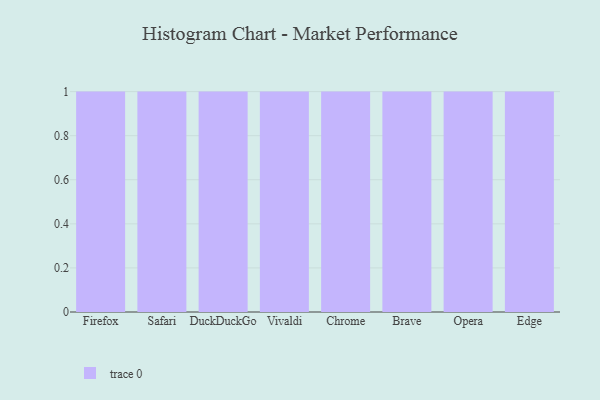
{"axis": {"x": "Browser", "y": "Customer Acquisition Cost (USD)"}, "legend": [""], "data": [{"x": "Firefox", "y": 40, "type": ""}, {"x": "Safari", "y": 70, "type": ""}, {"x": "DuckDuckGo", "y": 37, "type": ""}, {"x": "Vivaldi", "y": 18, "type": ""}, {"x": "Chrome", "y": 94, "type": ""}, {"x": "Brave", "y": 19, "type": ""}, {"x": "Opera", "y": 24, "type": ""}, {"x": "Edge", "y": 94, "type": ""}]}